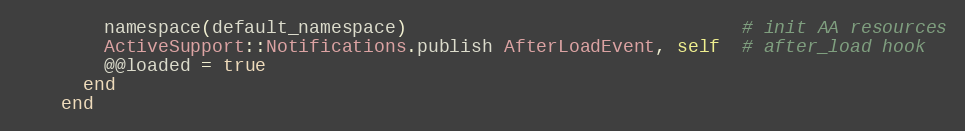
Language: Ruby
        namespace(default_namespace)                               # init AA resources
        ActiveSupport::Notifications.publish AfterLoadEvent, self  # after_load hook
        @@loaded = true
      end
    end